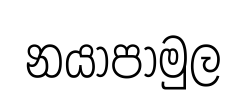
නයාපාමුල